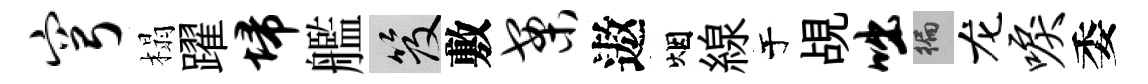
穹榻躍埽艦笈敷案遨烟線于覘咄徧龙唳委